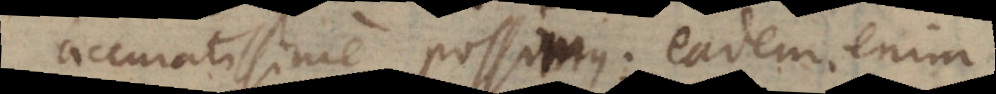
accuratissime possimus; eadem enim